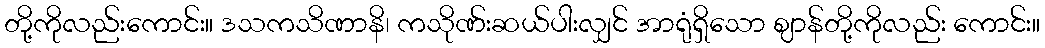
တို့ကိုလည်းကောင်း။ ဒသကသိဏာနိ၊ ကသိုဏ်းဆယ်ပါးလျှင် အာရုံရှိသော ဈာန်တို့ကိုလည်း ကောင်း။